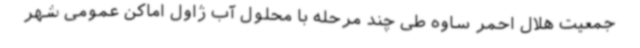
جمعیت هلال احمر ساوه طی چند مرحله با محلول آب ژاول اماکن عمومی شهر